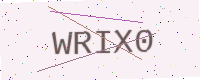
Text: WRIX0